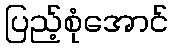
ပြည့်စုံအောင်